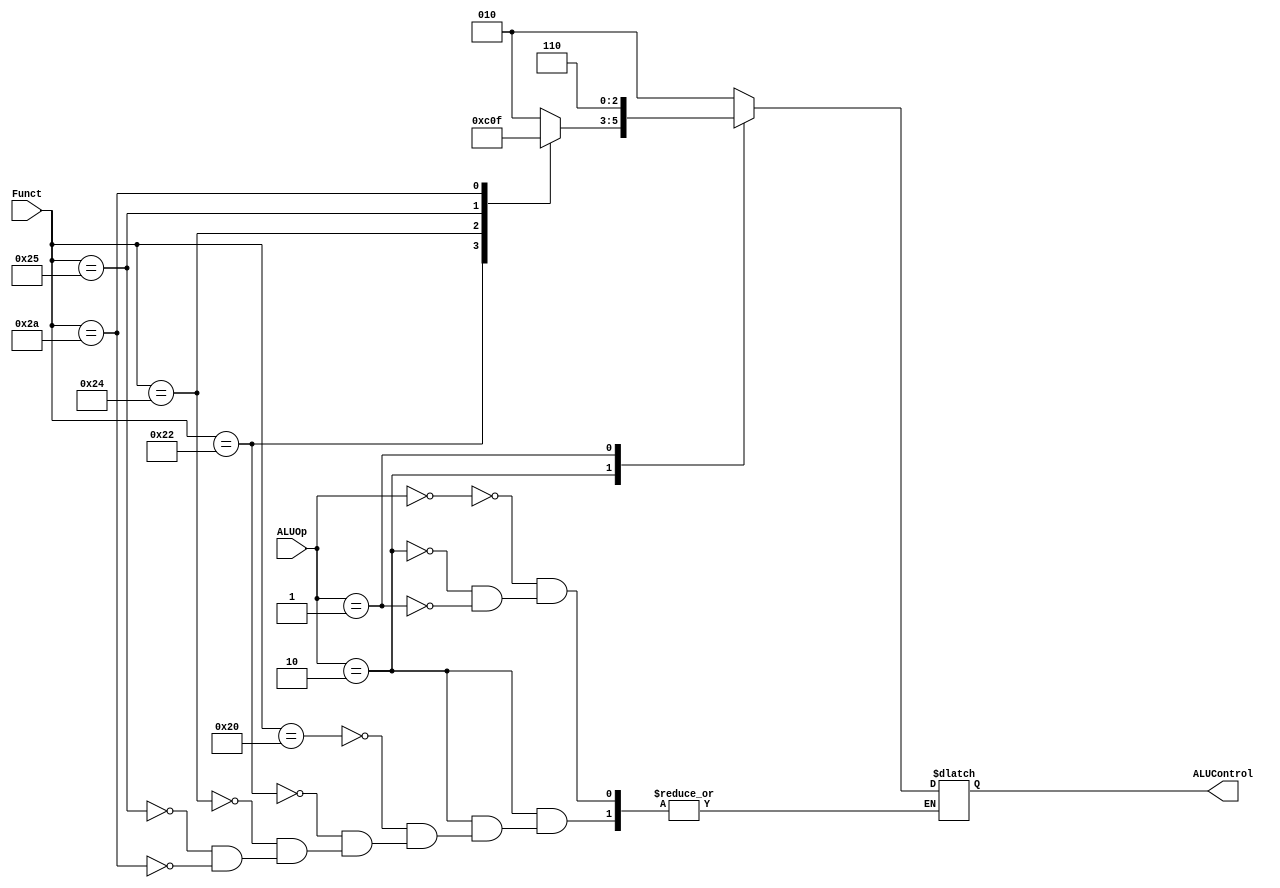
module ALU_Control_Unit(
    // System Clock

    // UI
    input       [5:0]   Funct, // input is 6 bits
    input       [1:0]   ALUOp, // input is 2 bits
    output  reg [2:0]   ALUControl // output is 3 bits
);


    always @(*) begin
        case (ALUOp)
            2'b00: ALUControl = 3'b010; //instruction: sw, ALU control input: add
            2'b10: begin //instruction: lw, ALU control input: add
                case (Funct)
                //funct field        ALU control input
                    6'b100000 : ALUControl = 3'b010; //add
                    6'b100010 : ALUControl = 3'b110; //subtract
                    6'b100100 : ALUControl = 3'b000; //AND
                    6'b100101 : ALUControl = 3'b001; //OR
                    6'b101010 : ALUControl = 3'b111; //set on less than
                endcase
            end
            2'b01: ALUControl = 3'b110; //instruction: beq, ALU control input: subtract
            default: ;
        endcase
    end


endmodule